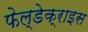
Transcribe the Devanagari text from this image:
फेल्डेक्राइस